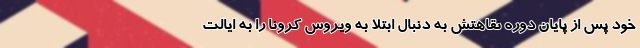
خود پس از پایان دوره نقاهتش به دنبال ابتلا به ویروس کرونا را به ایالت